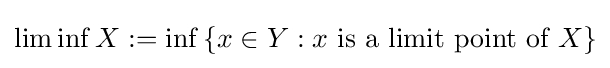
\liminf X:=\inf \,\{x\in Y:x{\text{ is a limit point of }}X\}